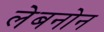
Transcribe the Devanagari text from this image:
लेबनोन